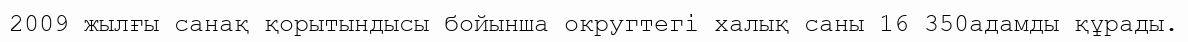
2009 жылғы санақ қорытындысы бойынша округтегі халық саны 16 350адамды құрады.